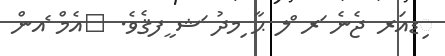
ިޑއަރ ޖެނެ ަރ ްލ ޙާ ިމދު ަޝ ީފޤެވެ. 	އެމް ެއން